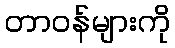
တာဝန်များကို